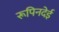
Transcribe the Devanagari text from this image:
रूपिनदेई